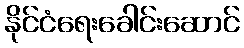
နိုင်ငံရေးခေါင်းဆောင်